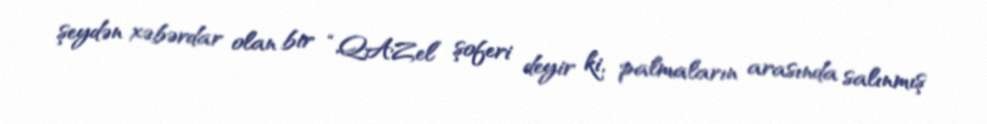
şeydən xəbərdar olan bir “QAZel” şoferi deyir ki, palmaların arasında salınmış